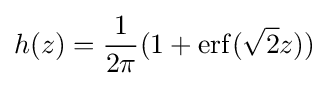
h(z)={\frac {1}{2\pi }}(1+\operatorname {erf} ({\sqrt {2}}z))